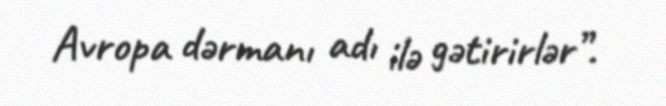
Avropa dərmanı adı ilə gətirirlər”.